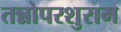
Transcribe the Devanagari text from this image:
तन्नोपरशुराम